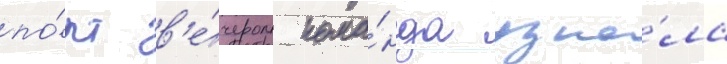
по́рт в'е́чером кома́нда узна́ла